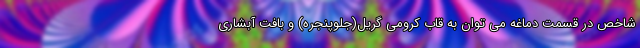
شاخص در قسمت دماغه می توان به قاب کرومی گریل(جلوپنجره) و بافت آبشاری